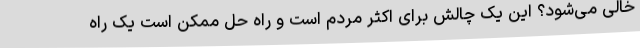
خالی می‌شود؟ این یک چالش برای اکثر مردم است و راه حل ممکن است یک راه